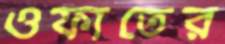
ওফাতের